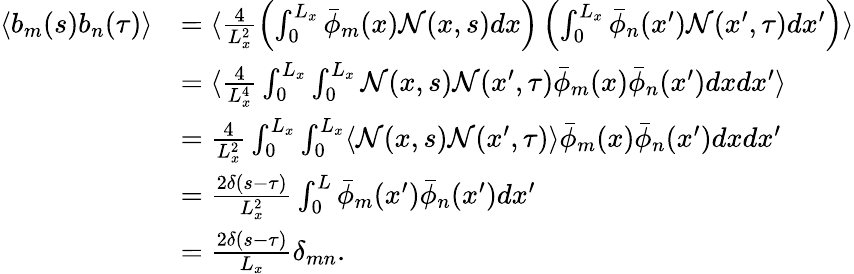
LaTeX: \begin{array}{rl}{\langle b_{m}(s)b_{n}(\tau)\rangle}&{=\langle\frac{4}{L_{x}^{2}}\left(\int_{0}^{L_{x}}\bar{\phi}_{m}(x)\mathcal{N}(x,s)dx\right)\left(\int_{0}^{L_{x}}\bar{\phi}_{n}(x^{\prime})\mathcal{N}(x^{\prime},\tau)dx^{\prime}\right)\rangle}\\ &{=\langle\frac{4}{L_{x}^{4}}\int_{0}^{L_{x}}\int_{0}^{L_{x}}\mathcal{N}(x,s)\mathcal{N}(x^{\prime},\tau)\bar{\phi}_{m}(x)\bar{\phi}_{n}(x^{\prime})dxdx^{\prime}\rangle}\\ &{=\frac{4}{L_{x}^{2}}\int_{0}^{L_{x}}\int_{0}^{L_{x}}\langle\mathcal{N}(x,s)\mathcal{N}(x^{\prime},\tau)\rangle\bar{\phi}_{m}(x)\bar{\phi}_{n}(x^{\prime})dxdx^{\prime}}\\ &{=\frac{2\delta(s-\tau)}{L_{x}^{2}}\int_{0}^{L}\bar{\phi}_{m}(x^{\prime})\bar{\phi}_{n}(x^{\prime})dx^{\prime}}\\ &{=\frac{2\delta(s-\tau)}{L_{x}}\delta_{mn}.}\end{array}